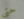
حتى